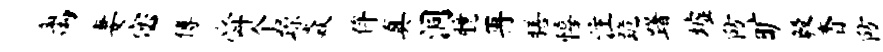
离妻宓傅舜个躁焱侔真洞臆再膳僖注跪躇墟防旷毅杳防